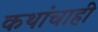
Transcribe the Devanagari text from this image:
कथांचाही